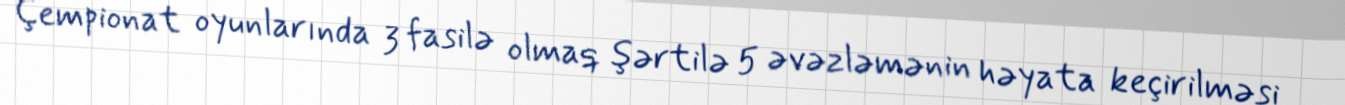
Çempionat oyunlarında 3 fasilə olmaq şərtilə 5 əvəzləmənin həyata keçirilməsi